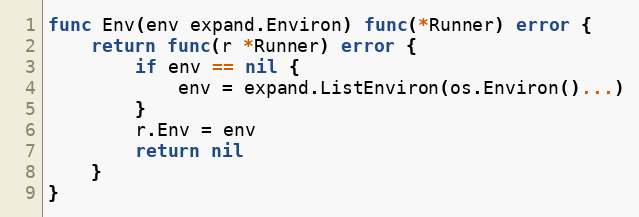
Language: Go
func Env(env expand.Environ) func(*Runner) error {
	return func(r *Runner) error {
		if env == nil {
			env = expand.ListEnviron(os.Environ()...)
		}
		r.Env = env
		return nil
	}
}